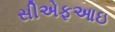
સીએફઆઇ